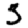
Digit: 3